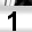
Digit: 1